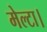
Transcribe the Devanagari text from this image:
मेल्टा।